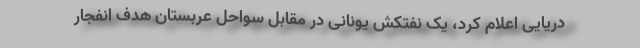
دریایی اعلام کرد، یک نفتکش یونانی در مقابل سواحل عربستان هدف انفجار